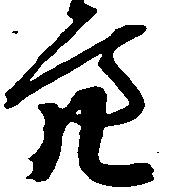
亮